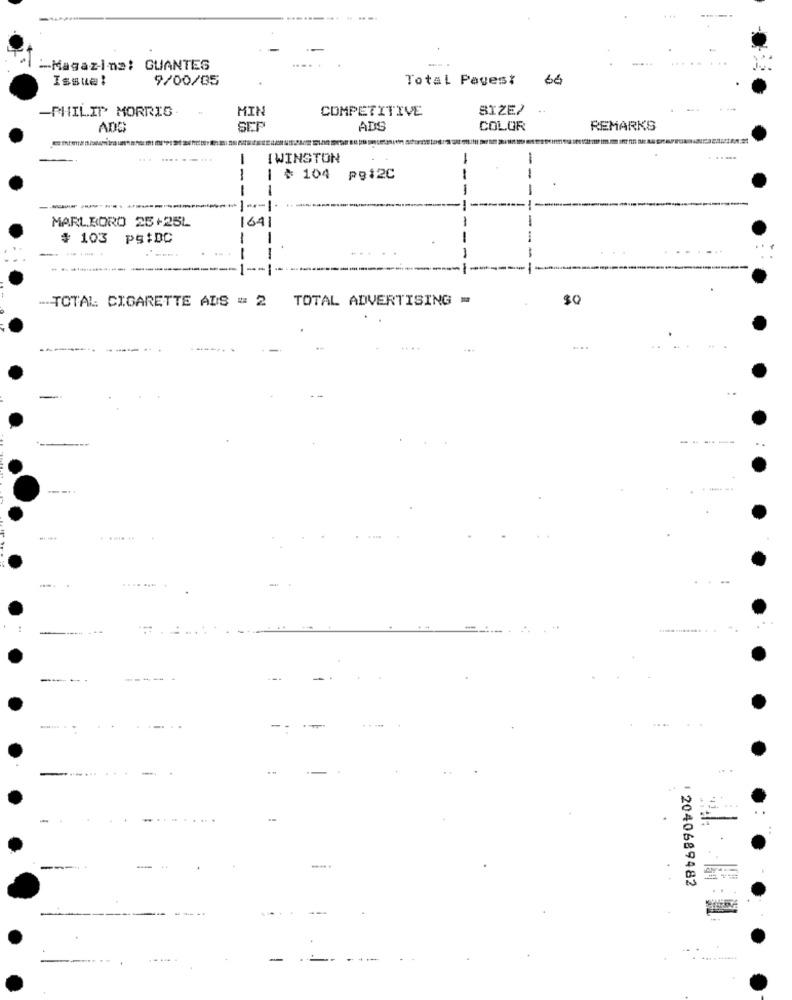
-Magazins: GUANTES
Issue!
9/00/05
Total Pagest
66
-PHILIP MORRIS
MIN
COMPETITIVE
SIZE?
ADS
SEP
ADS
COLOR
REMARKS
.... .....
I WINSTON
....
--
₦ 104
₦ 104 p912C
PB12C
-
-
-
-
MARLBORO 25+25L
1641
# 103 ps:DC
---
-
TOTAL CIGARETTE ADS = 2 TOTAL ADVERTISING =
$0
....
-----
........
----- ---
---- -
----
--
-
....
-
2040689482